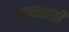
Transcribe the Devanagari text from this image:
सायंकाळीं